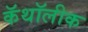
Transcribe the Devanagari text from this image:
कॅथॉलीक